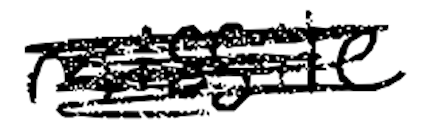
Text: missile
Cross-out: scratch
Writing tool: digital_black